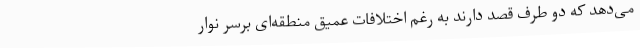
‌می‌دهد که دو طرف قصد دارند به رغم اختلافات عمیق منطقه‌ای برسر نوار